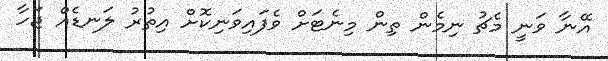
އޭނާ ވަނީ މެޗު ނިމެން ތިން މިނެޓަށް ވެފައިވަނިކޮށް އިތުރު ލަނޑެއް ޖަހާ